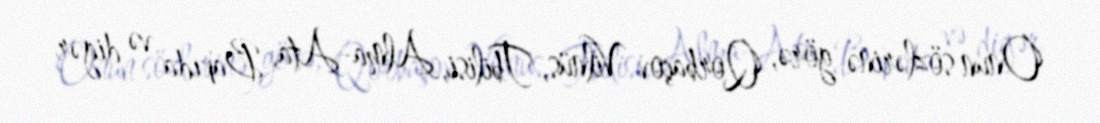
Onun sözlərinə görə, Qorbaçov Vilnüs, Tbilisi, Alma-Ata, Bakıda və digər